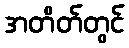
အတိတ်တွင်